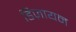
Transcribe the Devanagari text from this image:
डिज़ायन